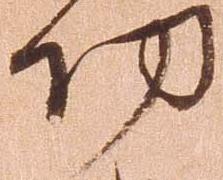
功